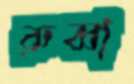
রুব্বা